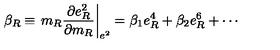
\beta _ { R } \equiv \left. m _ { R } \frac { \partial e _ { R } ^ { 2 } } { \partial m _ { R } } \right| _ { e ^ { 2 } } = \beta _ { 1 } e _ { R } ^ { 4 } + \beta _ { 2 } e _ { R } ^ { 6 } + \cdots